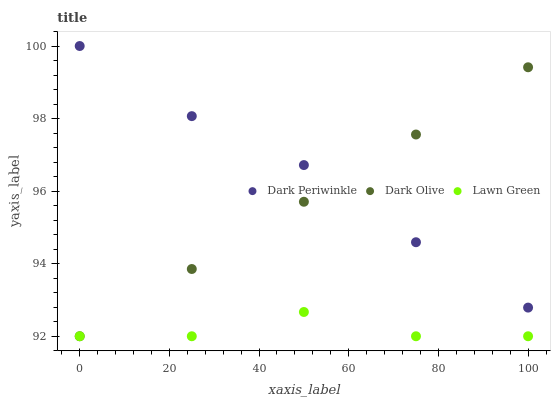
| xaxis_label | Dark Periwinkle | Dark Olive | Lawn Green |
 | --- | --- | --- | --- |
 | 0 | 100 | 92 | 92 |
 | 25 | 98.1 | 93.9 | 92 |
 | 50 | 96.7 | 95.7 | 92.7 |
 | 75 | 94.6 | 97.6 | 92 |
 | 100 | 92.8 | 99.4 | 92 |